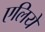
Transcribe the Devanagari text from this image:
एलिये